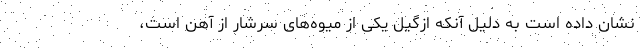
نشان داده است به دلیل آنکه ازگیل یکی از میوه‌های سرشار از آهن است،